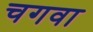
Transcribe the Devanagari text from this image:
चगवा